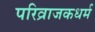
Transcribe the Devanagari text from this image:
परिव्राजकधर्म